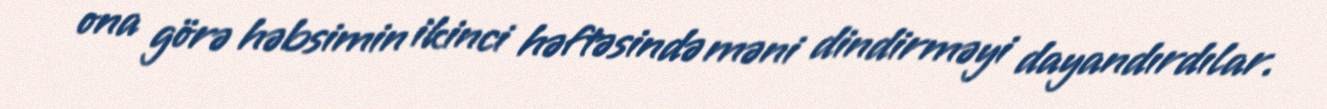
ona görə həbsimin ikinci həftəsində məni dindirməyi dayandırdılar.